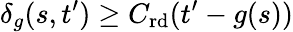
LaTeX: \delta_{g}(s,t^{\prime})\geq C_{\mathrm{rd}}(t^{\prime}-g(s))